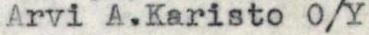
Arvi A.Karisto O/Y